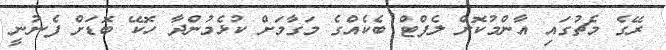
ރޭގެ މެޗުގައި އާންމުކޮށް ލެފްޓް ބެކެއްގެ މަގާމަށް ކުޅެމުންދާ ހޮކޭ ބޮޑަށް ފެނުނީ